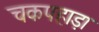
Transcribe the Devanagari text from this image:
चकपहाड़ा